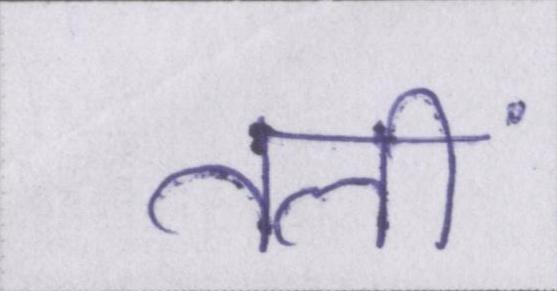
तलीं